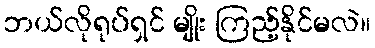
ဘယ်လိုရုပ်ရှင် မျိုး ကြည့်နိုင်မလဲ။